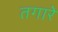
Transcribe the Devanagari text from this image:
तगारे